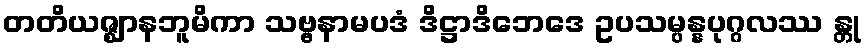
တတိယဇ္ဈာနဘူမိကာ သဗ္ဗနာမပဒံ ဒိဋ္ဌာဒိဘေဒေ ဥပသမ္ပန္နပုဂ္ဂလဿ န္တု